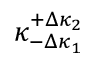
\kappa _ { - \Delta \kappa _ { 1 } } ^ { + \Delta \kappa _ { 2 } }